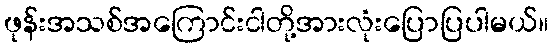
ဖုန်းအသစ်အကြောင်းငါတို့အားလုံးပြောပြပါမယ်။